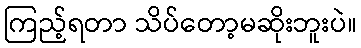
ကြည့်ရတာ သိပ်တော့မဆိုးဘူးပဲ။